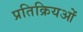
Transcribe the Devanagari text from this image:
प्रतिक्रियओं